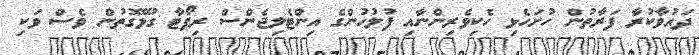
ދައުވާކުރާ ފަރާތުން ހުށަހެޅި ހެކިވެރިންނާއި ފުލުހުންގެ އިންޓެލިޖެންސް ރިޕޯޓާ ގުޅޭގޮތުން ވެސް ވަކި